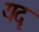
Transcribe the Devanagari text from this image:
यदृ